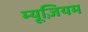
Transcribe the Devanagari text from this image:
म्‍यूज़ियम